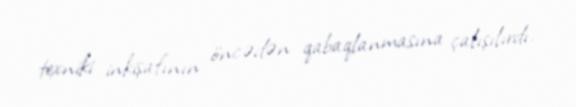
texniki inkişafının öncədən qabaqlanmasına çalışılırdı.